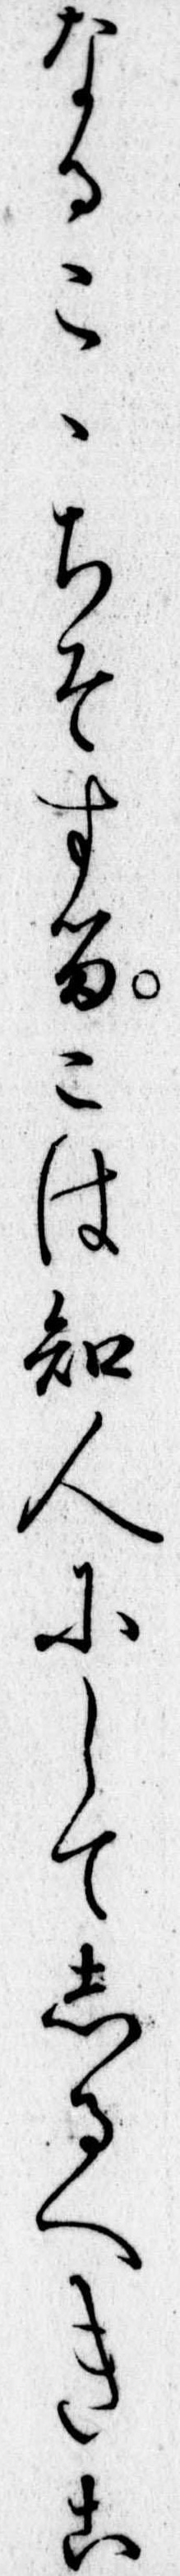
なるこゝちそするこは知人にしてしるへきこ